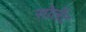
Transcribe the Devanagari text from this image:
सोलेंट